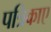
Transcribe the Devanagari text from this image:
पत्रिकाए